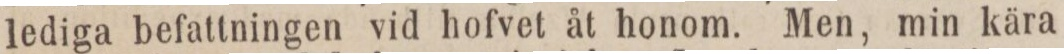
lediga befattningen vid hofvet åt honom. Men, min kära